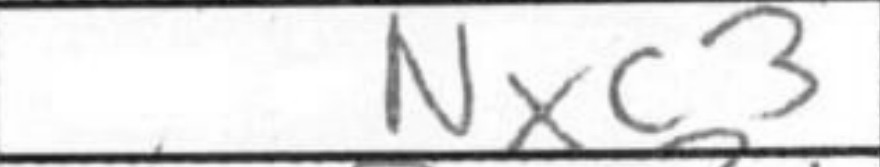
Transcription: Nxc3